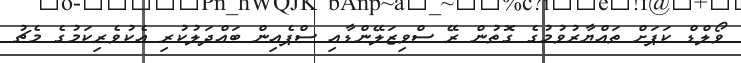
ވޯލްޑް ކަޕަށް ތައްޔާރުވުމުގެ ގޮތުން ރޭ ސްވިޒަލޭންޑާއި ސްޕެއިން ބައްދަލުކުރި އެކުވެރިކަމުގެ މެޗު